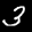
Label: 3